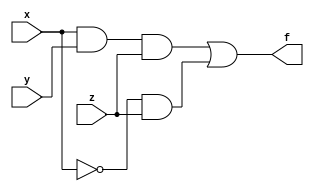
///The function we are implementing is 
/// F(x,y,z) = xyz + x'z


//////Behavioral Modeling///////////////
module SOP_method13(f,x,y,z);
	input x,y,z;
	output reg f;
	
	reg temp1;
	reg temp2;
	reg temp3;	
	
always @(*)
	begin
	temp3 = ~x;
	temp2 = (temp3&z);
	temp1 = x&y&z;
	f = temp1|temp2;
		
	end
endmodule
///////////////////////////////////////////////////////




//////Behavioral Modeling///////////////
module SOP_method1(f,x,y,z);
	input x,y,z;
	output reg f;

	
	always @(x,y,z)  //you can write always @(*)
	begin
		f = (x&y&z)|(~x&z);
	end 
	
endmodule
///////////////////////////////////////////////////////

//////Behavioral Modeling///////////////
module SOP_method1a(f,x,y,z);
	input x,y,z;
	output reg f;
	
	reg temp1;
	reg temp2;
	
	
always @(*)
	begin
		temp1 = x&y&z;
	end 
	
always @(*)
	begin
		temp2 = (~x&z);
	end
	
always @(*)
	begin
		f = temp1|temp2;
	end
endmodule
///////////////////////////////////////////////////////

//////Behavioral Modeling///////////////
module SOP_method1b(f,x,y,z);
	input x,y,z;
	output reg f;
	
		
	
always @(*)
	begin
		if(x==1'b1)
			f = y&z;
		else if(x==1'b0)
			f = z;
		else
			f = 1'b0;
	end 
endmodule
///////////////////////////////////////////////////////
//////Behavioral Modeling///////////////
module SOP_method1c(f,x,y,z);
	input x,y,z;
	output reg f;
	
		
	
always @(*)
	begin
		if({x,y,z} == 3'b111)
			f = 1;
		else if({x,y,z} == 3'b011)
			f = 1;
		else if({x,y,z} == 3'b001)
			f = 1;
		else
			f = 0;
	end 
endmodule
///////////////////////////////////////////////////////










//////Data-flow Modeling///////////////
module SOP_method2(f,x,y,z);
	input x,y,z;
	output wire f;
	
	
	assign f = (x&y&z)|(~x&z);
	
endmodule
////////////////////////////////////////////////////////

//////Data-flow Modeling///////////////
///////////////////////////////////////////////////////
module SOP_method2b(f,x,y,z);
	input x,y,z;
	output wire f;

	
	assign f = (x == 1'b1) ? (y&z) : (z);
	
endmodule
////////////////////////////////////////////////////////

//////Data-flow Modeling///////////////
///////////////////////////////////////////////////////
module SOP_method2a(f,x,y,z);
	input x,y,z;
	output wire f;
	
	wire temp1;
	wire temp2;
	wire temp3;
	
	assign temp1 = ~x;
	assign temp2 = x&y&z;
	assign temp3 = temp1&z;
	assign f = temp2|temp3;	
	
endmodule
////////////////////////////////////////////////////////












//////Gate-level Modeling///////////////
module SOP_method3(f,x,y,z);
	input x,y,z;
	output wire f;
	
	wire temp1;
	wire temp2;
	wire temp3;
	
	not inst1(temp1,x);
	and inst2(temp2,x,y,z);
	and inst3(temp3,temp1,z);
	or  inst4(f,temp2,temp3);
	
endmodule
///////////////////////////////////////////////////////////


//////Gate-level Modeling///////////////
////////////////////////////////////////////////////////
module SOP_method3a(f,x,y,z);
	input x,y,z;
	output wire f;
	
	
	
	or  inst1(f,(x&y&z),(~x&z));
	
endmodule
///////////////////////////////////////////////////////////




//////Combined Gate-level, Data-flow, Behavioral Modeling///////////////
module SOP_method_combined(f,x,y,z);
	input x,y,z;
	output reg f;
	
	wire temp1;
	wire temp2;
	
//Data-flow	
assign temp1 = x&y&z;

//using gate	
and inst1(temp2, ~x, z);

//using behavioral	
always @(*)
	begin
		if(temp1 == 1'b1)
			f = 1'b1;
		else if(temp2 == 1'b1)
			f = 1'b1;
		else 
			f = 1'b0;
	end
endmodule
///////////////////////////////////////////////////////